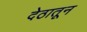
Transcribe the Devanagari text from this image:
देठातून